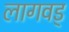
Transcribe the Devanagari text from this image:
लागवड्